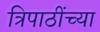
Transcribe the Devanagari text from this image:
त्रिपाठींच्या